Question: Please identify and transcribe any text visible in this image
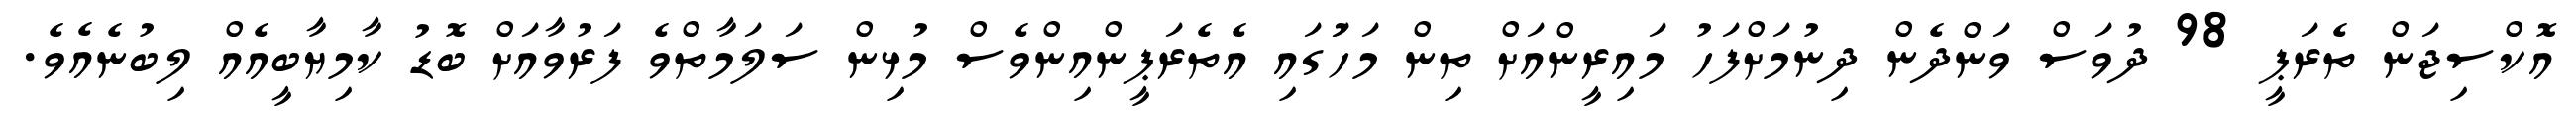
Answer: އޮކްސިޖަން ތެރަޕީ 98 ދުވަސް ވަންދެން ދިނުމަށްފަހު މައިރީންއަށް ތިން މަހުަގައި އެތެރަޕީންއިންވެސް މުޅިން ސަލަމާތްވެ ފަރުވާއަށް ބޮޑު ކާމިޔާބީއެއް ލިބުނެއެވެ.